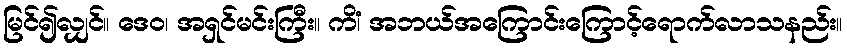
မြင်၍လျှင်။ ဒေဝ၊ အရှင်မင်းကြီး။ ကိံ၊ အဘယ်အကြောင်းကြောင့်ရောက်လာသနည်း။